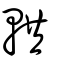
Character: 輁